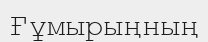
Ғұмырыңның